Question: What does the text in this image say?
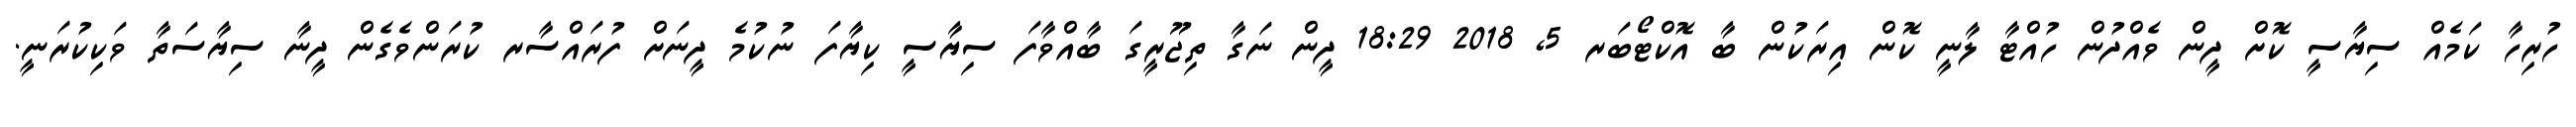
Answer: ހުރިހާ ކަމެއް ސިޔާސީ ކޮށް ދީން ވެއްދުން ހުއްޓާ ލާނީ ކޮން އިރަކުން ބާ އޮކްޓޯބަރ 5, 2018 18:29 ދީން ނަގާ ތިޖޫރީގަ ބާއްވާފަ ސިޔާސީ ކިޔާފަ ނުކުމެ ދީނަށް ފުރައްސާރ ކުރަންވެގެން ދީނާ ސިޔާސަތާ ވަކިކުރަނީ.